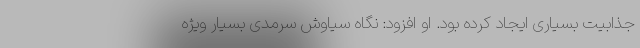
جذابیت بسیاری ایجاد کرده بود. او افزود: نگاه سیاوش سرمدی بسیار ویژه